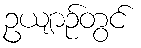
ဥယျာဉ်တွင်